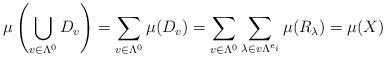
LaTeX: \begin{align*}\mu\left(\bigcup_{v\in \Lambda^0} D_v \right) &= \sum_{v\in \Lambda^0} \mu(D_v) = \sum_{v\in \Lambda^0} \sum_{\lambda \in v\Lambda^{e_i}} \mu(R_\lambda) = \mu(X)\end{align*}